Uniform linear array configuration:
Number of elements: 12
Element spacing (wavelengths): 0.25
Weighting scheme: hann
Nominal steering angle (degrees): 60
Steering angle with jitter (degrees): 61.279
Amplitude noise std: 0.05
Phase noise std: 0.05

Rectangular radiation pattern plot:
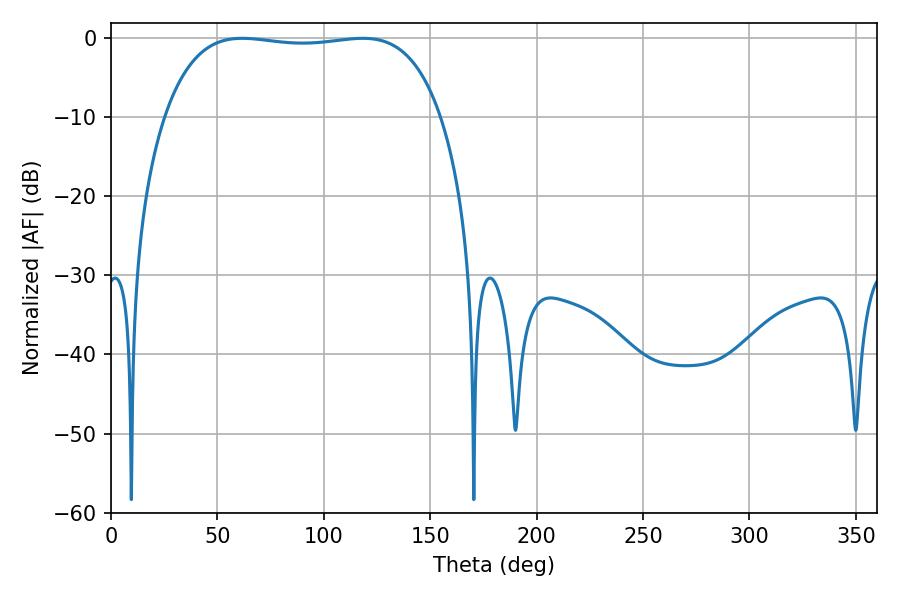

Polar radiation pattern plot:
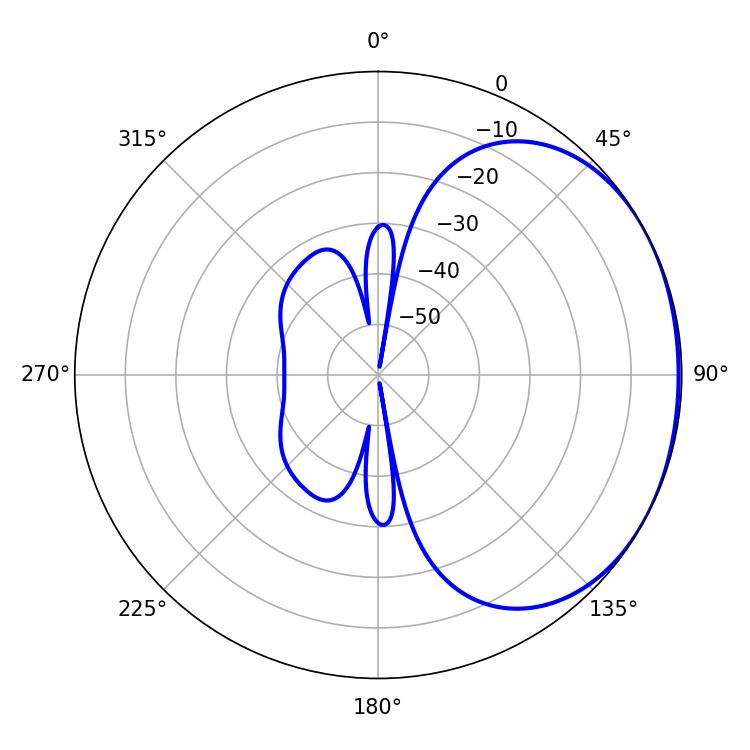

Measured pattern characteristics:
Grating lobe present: FALSE
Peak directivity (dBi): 1.298
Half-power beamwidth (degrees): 103.32
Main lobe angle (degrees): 61.74